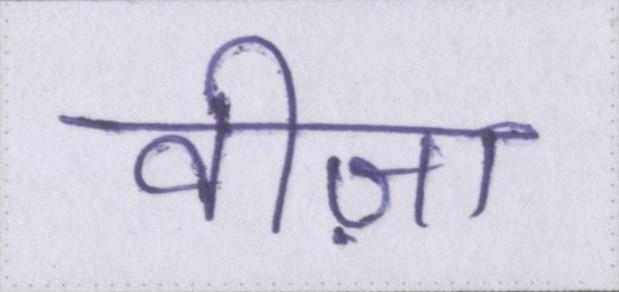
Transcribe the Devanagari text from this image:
वीज़ा